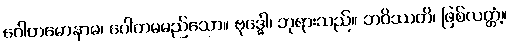
ဂေါတမောနာမ၊ ဂေါတမမည်သော။ ဗုဒ္ဓေါ၊ ဘုရားသည်။ ဘဝိဿတိ၊ ဖြစ်လတ္တံ့။